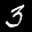
Label: 3